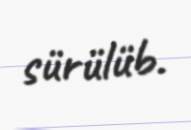
sürülüb.